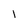
Character: 1